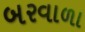
બરવાળા